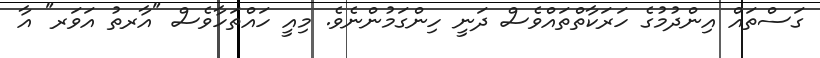
ގަސްތައް އިންދުމުގެ ހަރަކާތްތައްވެސް ދަނީ ހިންގަމުންނެވެ. މިއީ ހައްތަހާވެސް "އާރތު އަވަރ" އާ